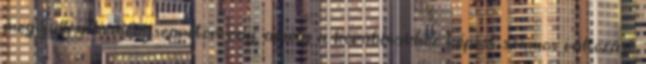
megújult a kéményseprőtörvény, amely a korábbiakhoz képest számos változást